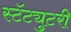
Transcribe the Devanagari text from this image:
स्टॅट्युटरी